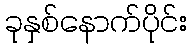
ခုနှစ်နောက်ပိုင်း